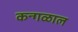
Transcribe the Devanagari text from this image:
कन्गळाल